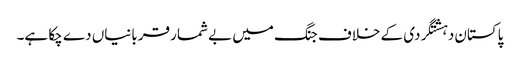
پاکستان دہشتگردی کے خلاف جنگ میں بے شمار قربانیاں دے چکا ہے۔